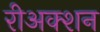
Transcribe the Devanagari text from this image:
रीअक्शन